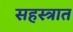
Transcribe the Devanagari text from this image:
सहस्त्रात